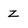
Character: Z